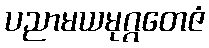
ပညာမယမုဂ္ဂတေဇံ